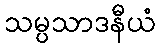
သမ္ပသာဒနီယံ